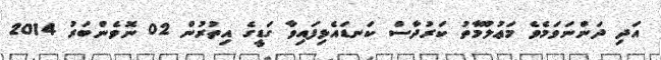
އަދި ދަންނަވަމެވެ މަޢުލޫމާތު ކަރުދާސް ކަނޑައެޅިފައިވާ ގަޑީގެ އިތުރުން 02 ނޮވެންބަރު 2014